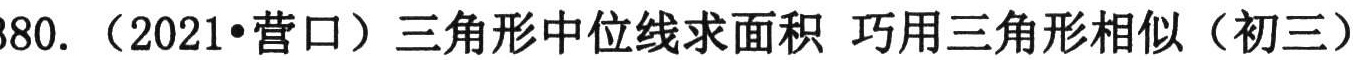
80. （2021•营口）三角形中位线求面积 巧用三角形相似（初三）